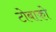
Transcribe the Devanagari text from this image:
टोबाको